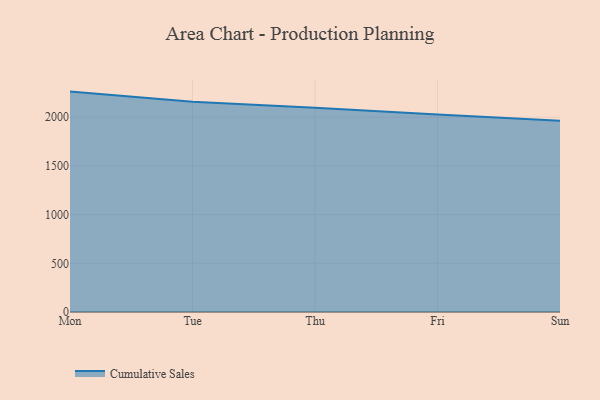
{"axis": {"x": "Day", "y": "Budget (USD K)"}, "legend": ["Cumulative Sales"], "data": [{"x": "Mon", "y": 2263.5, "type": "Cumulative Sales"}, {"x": "Tue", "y": 2158.5, "type": "Cumulative Sales"}, {"x": "Thu", "y": 2097.8, "type": "Cumulative Sales"}, {"x": "Fri", "y": 2027.4, "type": "Cumulative Sales"}, {"x": "Sun", "y": 1965.4, "type": "Cumulative Sales"}]}